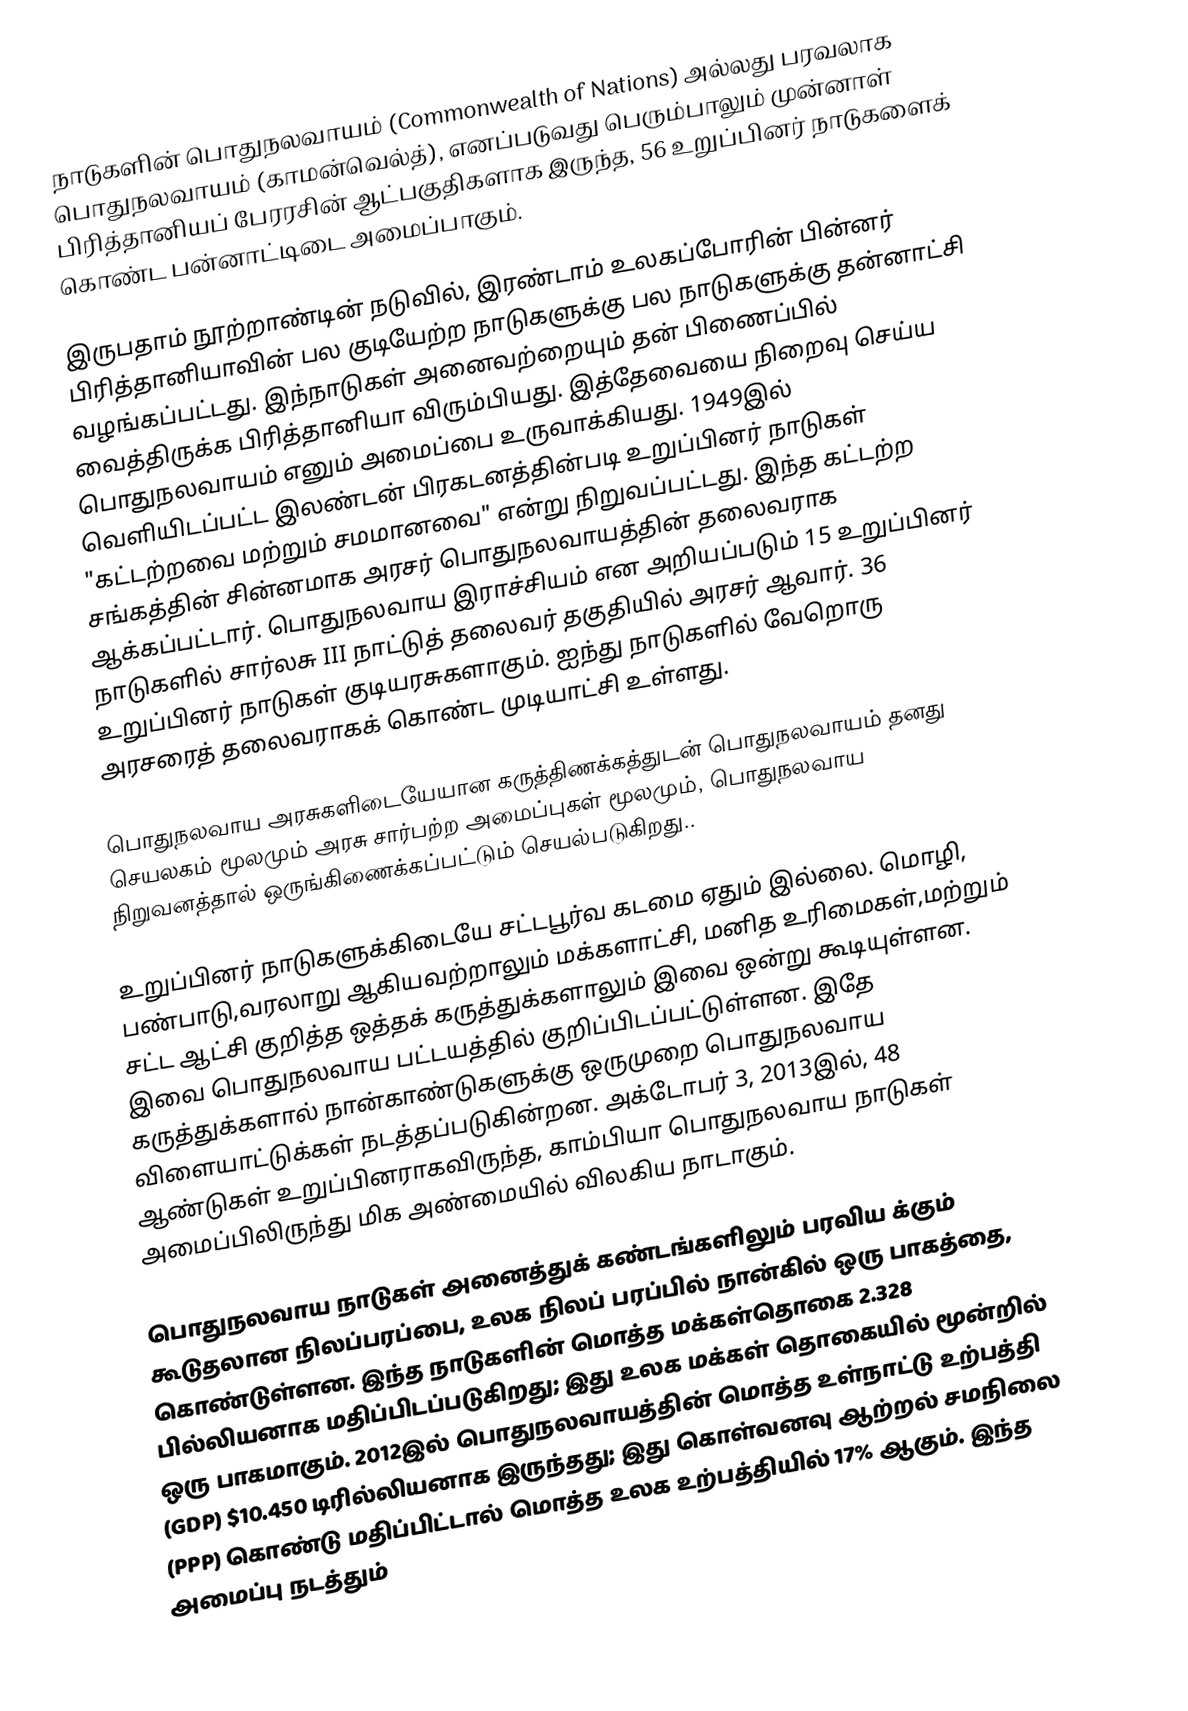
நாடுகளின் பொதுநலவாயம் (Commonwealth of Nations)  அல்லது பரவலாக பொதுநலவாயம் (காமன்வெல்த்), எனப்படுவது பெரும்பாலும் முன்னாள் பிரித்தானியப் பேரரசின் ஆட்பகுதிகளாக இருந்த, 56 உறுப்பினர் நாடுகளைக் கொண்ட பன்னாட்டிடை அமைப்பாகும்.

இருபதாம் நூற்றாண்டின் நடுவில், இரண்டாம் உலகப்போரின் பின்னர் பிரித்தானியாவின் பல குடியேற்ற நாடுகளுக்கு பல நாடுகளுக்கு தன்னாட்சி வழங்கப்பட்டது. இந்நாடுகள் அனைவற்றையும் தன் பிணைப்பில் வைத்திருக்க பிரித்தானியா விரும்பியது. இத்தேவையை நிறைவு செய்ய பொதுநலவாயம் எனும் அமைப்பை உருவாக்கியது. 1949இல் வெளியிடப்பட்ட இலண்டன் பிரகடனத்தின்படி உறுப்பினர் நாடுகள்  "கட்டற்றவை மற்றும் சமமானவை" என்று நிறுவப்பட்டது. இந்த கட்டற்ற சங்கத்தின் சின்னமாக  அரசர்  பொதுநலவாயத்தின் தலைவராக ஆக்கப்பட்டார். பொதுநலவாய இராச்சியம் என அறியப்படும் 15 உறுப்பினர் நாடுகளில்  சார்லசு III நாட்டுத் தலைவர் தகுதியில் அரசர் ஆவார்.  36 உறுப்பினர் நாடுகள் குடியரசுகளாகும். ஐந்து நாடுகளில் வேறொரு அரசரைத் தலைவராகக் கொண்ட  முடியாட்சி உள்ளது.

பொதுநலவாய அரசுகளிடையேயான  கருத்திணக்கத்துடன் பொதுநலவாயம்  தனது செயலகம் மூலமும் அரசு சார்பற்ற அமைப்புகள் மூலமும், பொதுநலவாய நிறுவனத்தால் ஒருங்கிணைக்கப்பட்டும் செயல்படுகிறது..

உறுப்பினர் நாடுகளுக்கிடையே சட்டபூர்வ  கடமை ஏதும் இல்லை. மொழி, பண்பாடு,வரலாறு ஆகியவற்றாலும்  மக்களாட்சி, மனித உரிமைகள்,மற்றும் சட்ட ஆட்சி குறித்த ஒத்தக் கருத்துக்களாலும் இவை ஒன்று கூடியுள்ளன. இவை பொதுநலவாய  பட்டயத்தில் குறிப்பிடப்பட்டுள்ளன. இதே கருத்துக்களால் நான்காண்டுகளுக்கு ஒருமுறை   பொதுநலவாய விளையாட்டுக்கள் நடத்தப்படுகின்றன. அக்டோபர் 3,  2013இல், 48 ஆண்டுகள் உறுப்பினராகவிருந்த, காம்பியா பொதுநலவாய நாடுகள் அமைப்பிலிருந்து மிக அண்மையில் விலகிய நாடாகும்.

பொதுநலவாய நாடுகள் அனைத்துக்  கண்டங்களிலும் பரவிய க்கும் கூடுதலான நிலப்பரப்பை, உலக நிலப் பரப்பில் நான்கில் ஒரு பாகத்தை, கொண்டுள்ளன. இந்த நாடுகளின் மொத்த மக்கள்தொகை 2.328 பில்லியனாக மதிப்பிடப்படுகிறது; இது உலக மக்கள் தொகையில் மூன்றில் ஒரு பாகமாகும். 2012இல் பொதுநலவாயத்தின் மொத்த உள்நாட்டு உற்பத்தி (GDP)  $10.450 டிரில்லியனாக இருந்தது; இது கொள்வனவு ஆற்றல் சமநிலை (PPP) கொண்டு மதிப்பிட்டால் மொத்த உலக உற்பத்தியில் 17% ஆகும். இந்த அமைப்பு நடத்தும்